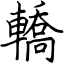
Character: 轎